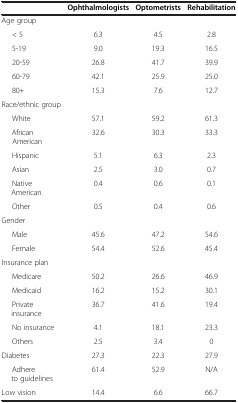
|  | Ophthalmologists | Optometrists | Rehabilitation |
 | --- | --- | --- | --- |
 | Age group |  |  |  |
 | < 5 | 6.3 | 4.5 | 2.8 |
 | 5-19 | 9.0 | 19.3 | 16.5 |
 | 20-59 | 26.8 | 41.7 | 39.9 |
 | 60-79 | 42.1 | 25.9 | 25.0 |
 | 80+ | 15.3 | 7.6 | 12.7 |
 | Race/ethnic group |  |  |  |
 | White | 57.1 | 59.2 | 61.3 |
 | African American | 32.6 | 30.3 | 33.3 |
 | Hispanic | 5.1 | 6.3 | 2.3 |
 | Asian | 2.5 | 3.0 | 0.7 |
 | Native American | 0.4 | 0.6 | 0.1 |
 | Other | 0.5 | 0.4 | 0.6 |
 | Gender |  |  |  |
 | Male | 45.6 | 47.2 | 54.6 |
 | Female | 54.4 | 52.6 | 45.4 |
 | Insurance plan |  |  |  |
 | Medicare | 50.2 | 26.6 | 46.9 |
 | Medicaid | 16.2 | 15.2 | 30.1 |
 | Private insurance | 36.7 | 41.6 | 19.4 |
 | No insurance | 4.1 | 18.1 | 23.3 |
 | Others | 2.5 | 3.4 | 0 |
 | Diabetes | 27.3 | 22.3 | 27.9 |
 | Adhere to guidelines | 61.4 | 52.9 | N/A |
 | Low vision | 14.4 | 6.6 | 66.7 |